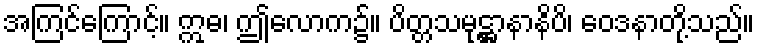
အကြင်ကြောင့်။ ဣဓ၊ ဤလောက၌။ ပိတ္တသမုဋ္ဌာနာနိပိ၊ ဝေဒနာတို့သည်။